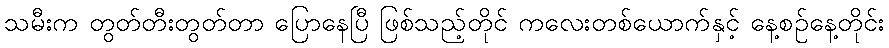
သမီးက တွတ်တီးတွတ်တာ ပြောနေပြီ ဖြစ်သည့်တိုင် ကလေးတစ်ယောက်နှင့် နေ့စဉ်နေ့တိုင်း